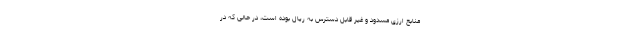
منابع ارزی مسدود و غیر قابل دسترس به ریال بوده است، در حالی که در